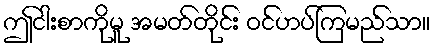
ဤငါးစာကိုမူ အမတ်တိုင်း ဝင်ဟပ်ကြမည်သာ။